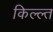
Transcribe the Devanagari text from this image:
किल्ल्त